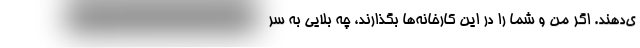
ی‌دهند. اگر من و شما را در این کارخانه‌ها بگذارند، چه بلایی به سر